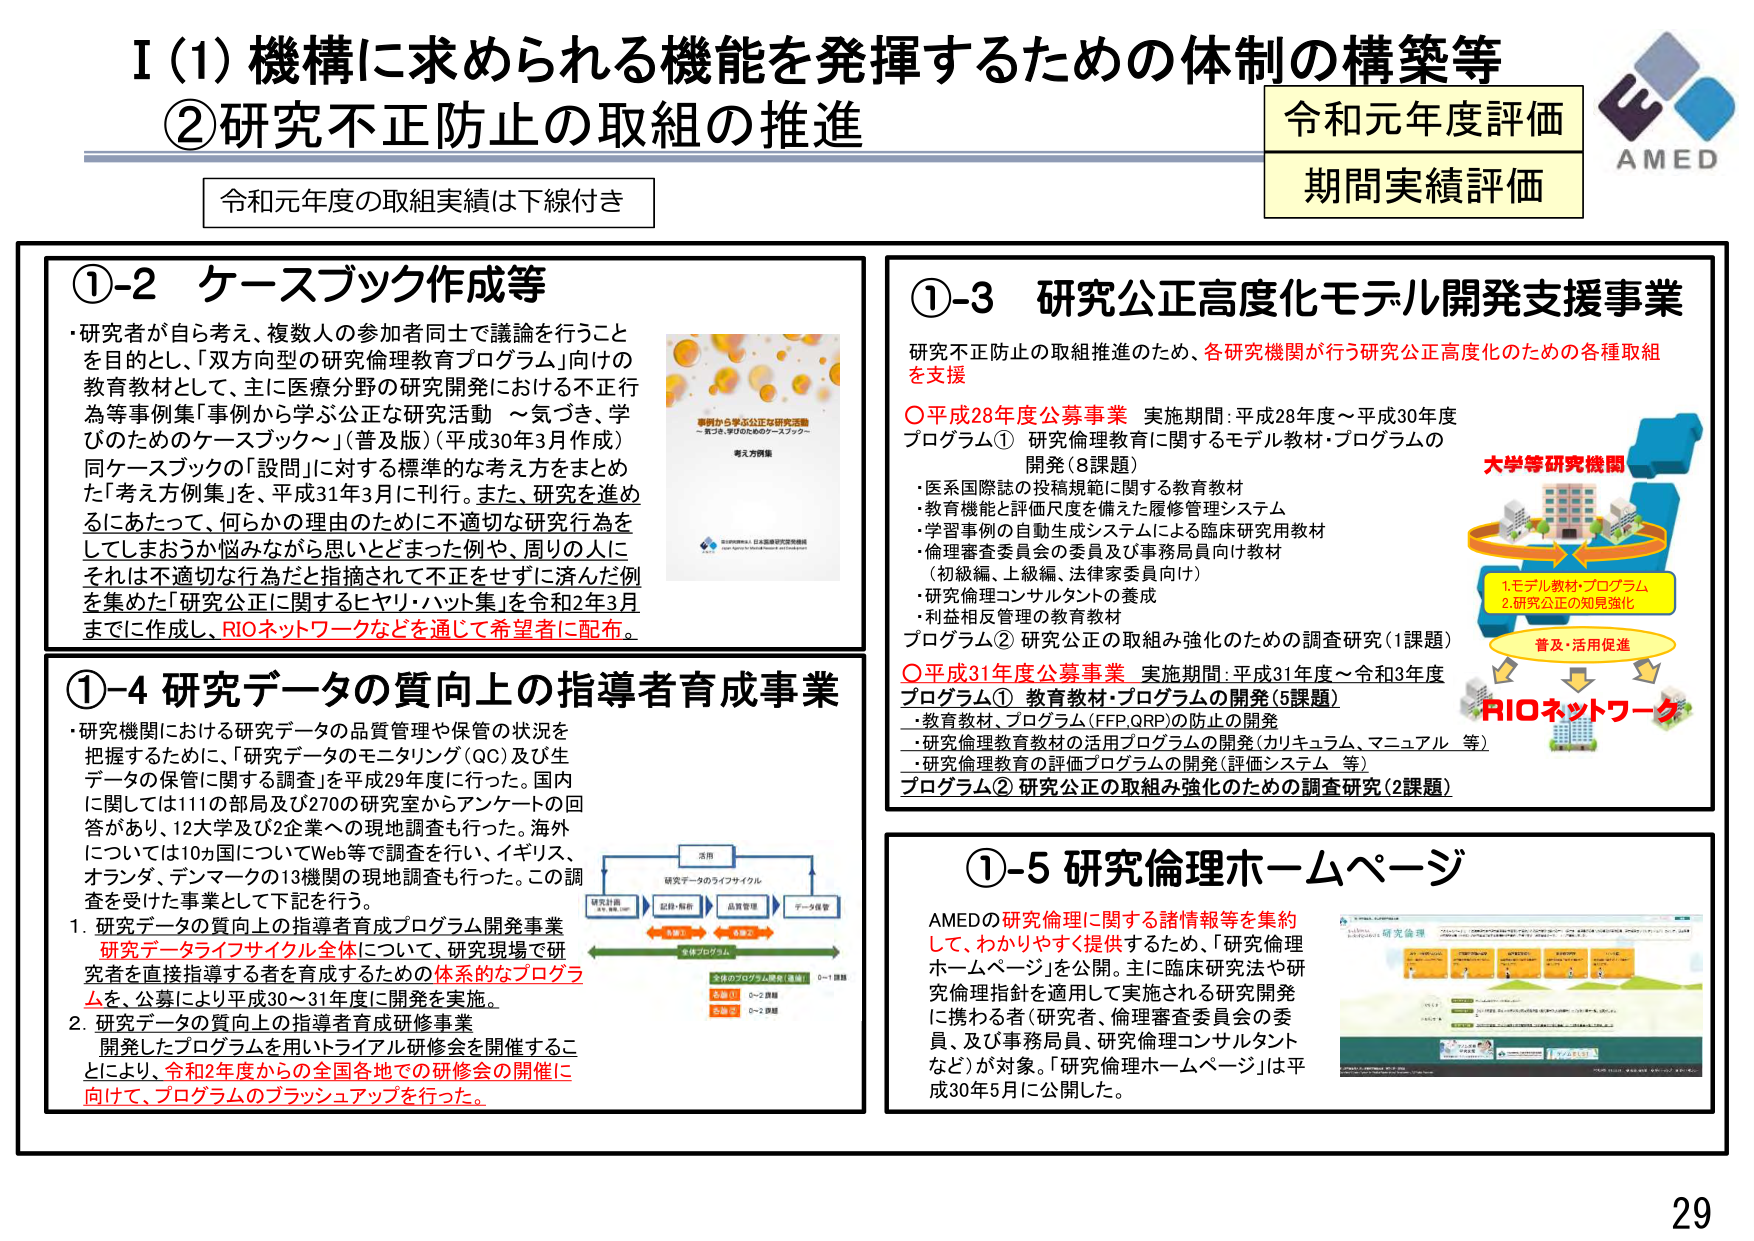
I（1）機構に求められる機能を発揮するための体制の構築等
②研究不正防止の取組の推進

令和元年度評価
期間実績評価

令和元年度の取組実績は下線付き

①-2 ケースブック作成等
・研究者が自ら考え、複数人の参加者同士で議論を行うことを目的とし、「双方向型の研究倫理教育プログラム」向けの教育教材として、主に医療分野の研究開発における不正行為等事例集「事例から学ぶ公正な研究活動 ～気づき、学びのためのケースブック～」（普及版）（平成30年3月作成）同ケースブックの「設問」に対する標準的な考え方をまとめた「考え方例集」を、平成31年3月に刊行。また、研究を進めるとにあたって、何らかの理由のために不適切な研究行為をしてしまおうか悩みながら思いとどまった例や、周りの人にそれは不適切な行為だと指摘されて不正をせずに済んだ例を集めた「研究公正に関するヒヤリ・ハット集」を令和2年3月までに作成し、RIOネットワークなどを通じて希望者に配布。

①-3 研究公正高度化モデル開発支援事業
研究不正防止の取組推進のため、各研究機関が行う研究公正高度化のための各種取組を支援
○平成28年度公募事業 実施期間：平成28年度～平成30年度
プログラム① 研究倫理教育に関するモデル教材・プログラムの開発（8課題）
・医系国際誌の投稿規範に関する教育教材
・教育機能と評価尺度を備えた履修管理システム
・学習事例の自動生成システムによる臨床研究用教材
・倫理審査委員会の委員及び事務局員向け教材（初級編、上級編、法律家委員向け）
・研究倫理コンサルタントの養成
・利益相反管理の教育教材
プログラム② 研究公正の取組み強化のための調査研究（1課題）
○平成31年度公募事業 実施期間：平成31年度～令和3年度
プログラム① 教育教材・プログラムの開発（5課題）
・教育教材、プログラム（FFP,QRP）の防止の開発
・研究倫理教育教材の活用プログラムの開発（カリキュラム、マニュアル 等）
・研究倫理教育の評価プログラムの開発（評価システム 等）
プログラム② 研究公正の取組み強化のための調査研究（2課題）

大学等研究機関
1.モデル教材・プログラム
2.研究公正の知見強化
普及・活用促進
RIOネットワーク

①-4 研究データの質向上の指導者育成事業
・研究機関における研究データの品質管理や保管の状況を把握するために、「研究データのモニタリング（QC）及び生データの保管に関する調査」を平成29年度に行った。国内に関しては111の部局及び270の研究室からアンケートの回答があり、12大学及び2企業への現地調査も行った。海外については10カ国についてWeb等で調査を行い、イギリス、オランダ、デンマークの13機関の現地調査も行った。この調査を受けた事業として下記を行う。
1. 研究データの質向上の指導者育成プログラム開発事業
研究データサイクル全体について、研究現場で研究者を直接指導する者を育成するための体系的なプログラムを、公募により平成30～31年度に開発を実施。
2. 研究データの質向上の指導者育成研修事業
開発したプログラムを用いたリアル研修会を開催することにより、令和2年度からの全国各地での研修会の開催に向けて、プログラムのブラッシュアップを行った。

①-5 研究倫理ホームページ
AMEDの研究倫理に関する諸情報等を集約して、わかりやすく提供するため、「研究倫理ホームページ」を公開。主に臨床研究法や研究倫理指針を適用して実施される研究開発に携わる者（研究者、倫理審査委員会の委員、及び事務局員、研究倫理コンサルタントなど）が対象。「研究倫理ホームページ」は平成30年5月に公開した。

29